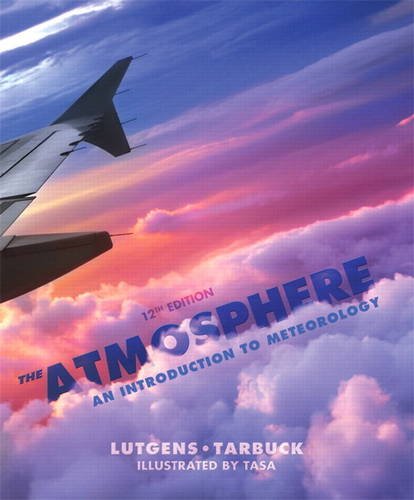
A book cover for The Atmosphere: An Introduction to Meteorology (12th Edition); Frederick K. Lutgens; Science & Math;